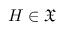
H \in { \mathfrak { X } }